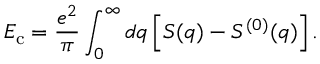
E _ { \mathrm { c } } = \frac { e ^ { 2 } } { \pi } \int _ { 0 } ^ { \infty } d q \left[ S ( q ) - S ^ { ( 0 ) } ( q ) \right] .